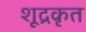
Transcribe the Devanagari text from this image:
शूद्रकृत